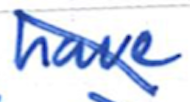
Text: have
Cross-out: diagonal
Writing tool: ballpoint